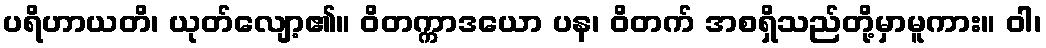
ပရိဟာယတိ၊ ယုတ်လျော့၏။ ဝိတက္ကာဒယော ပန၊ ဝိတက် အစရှိသည်တို့မှာမူကား။ ဝါ၊